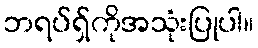
ဘရပ်ရှ်ကိုအသုံးပြုပါ။